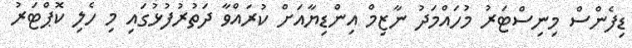
ޑިފެންސް މިނިސްޓަރު މުހައްމަދު ނާޒިމް އިންޑިޔާއަށް ކުރައްވާ ދަތުރުފުޅުގައި މި ހެލި ކޮޕްޓަރު